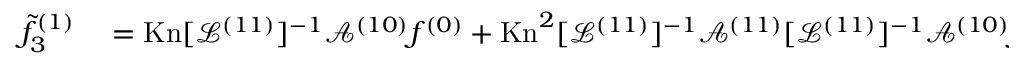
\begin{array} { r l } { \tilde { f } _ { 3 } ^ { ( 1 ) } } & { { } = \mathrm { K n } [ \mathcal { L } ^ { ( 1 1 ) } ] ^ { - 1 } \mathcal { A } ^ { ( 1 0 ) } f ^ { ( 0 ) } + \mathrm { K n } ^ { 2 } [ \mathcal { L } ^ { ( 1 1 ) } ] ^ { - 1 } \mathcal { A } ^ { ( 1 1 ) } [ \mathcal { L } ^ { ( 1 1 ) } ] ^ { - 1 } \mathcal { A } ^ { ( 1 0 ) } f ^ { ( 0 ) } } \end{array}